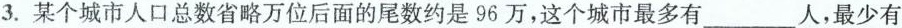
3.某个城市人口总数省略万位后面的尾数约是96万，这个城市最多有___人，最少有